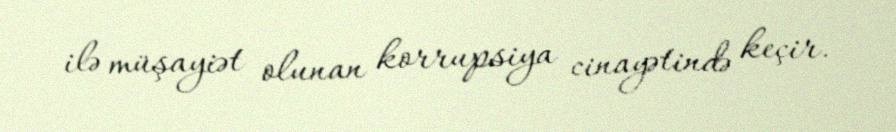
ilə müşayiət olunan korrupsiya cinayətində keçir.